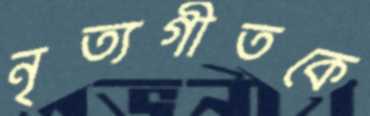
নৃত্যগীতকে